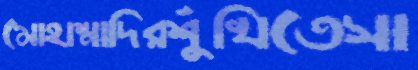
মোহাম্মাদিরশুঁখিতেসা